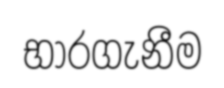
භාරගැනීම